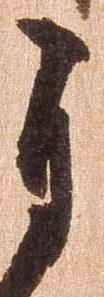
自